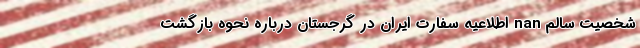
شخصیت سالم nan اطلاعیه سفارت ایران در گرجستان درباره نحوه بازگشت